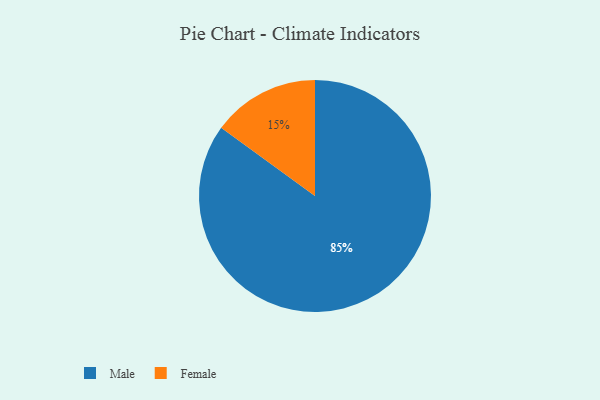
{"axis": {"x": "Category", "y": "Percentage"}, "legend": ["Female", "Male"], "data": [{"x": "Female", "y": 15, "type": "Female"}, {"x": "Male", "y": 85, "type": "Male"}]}